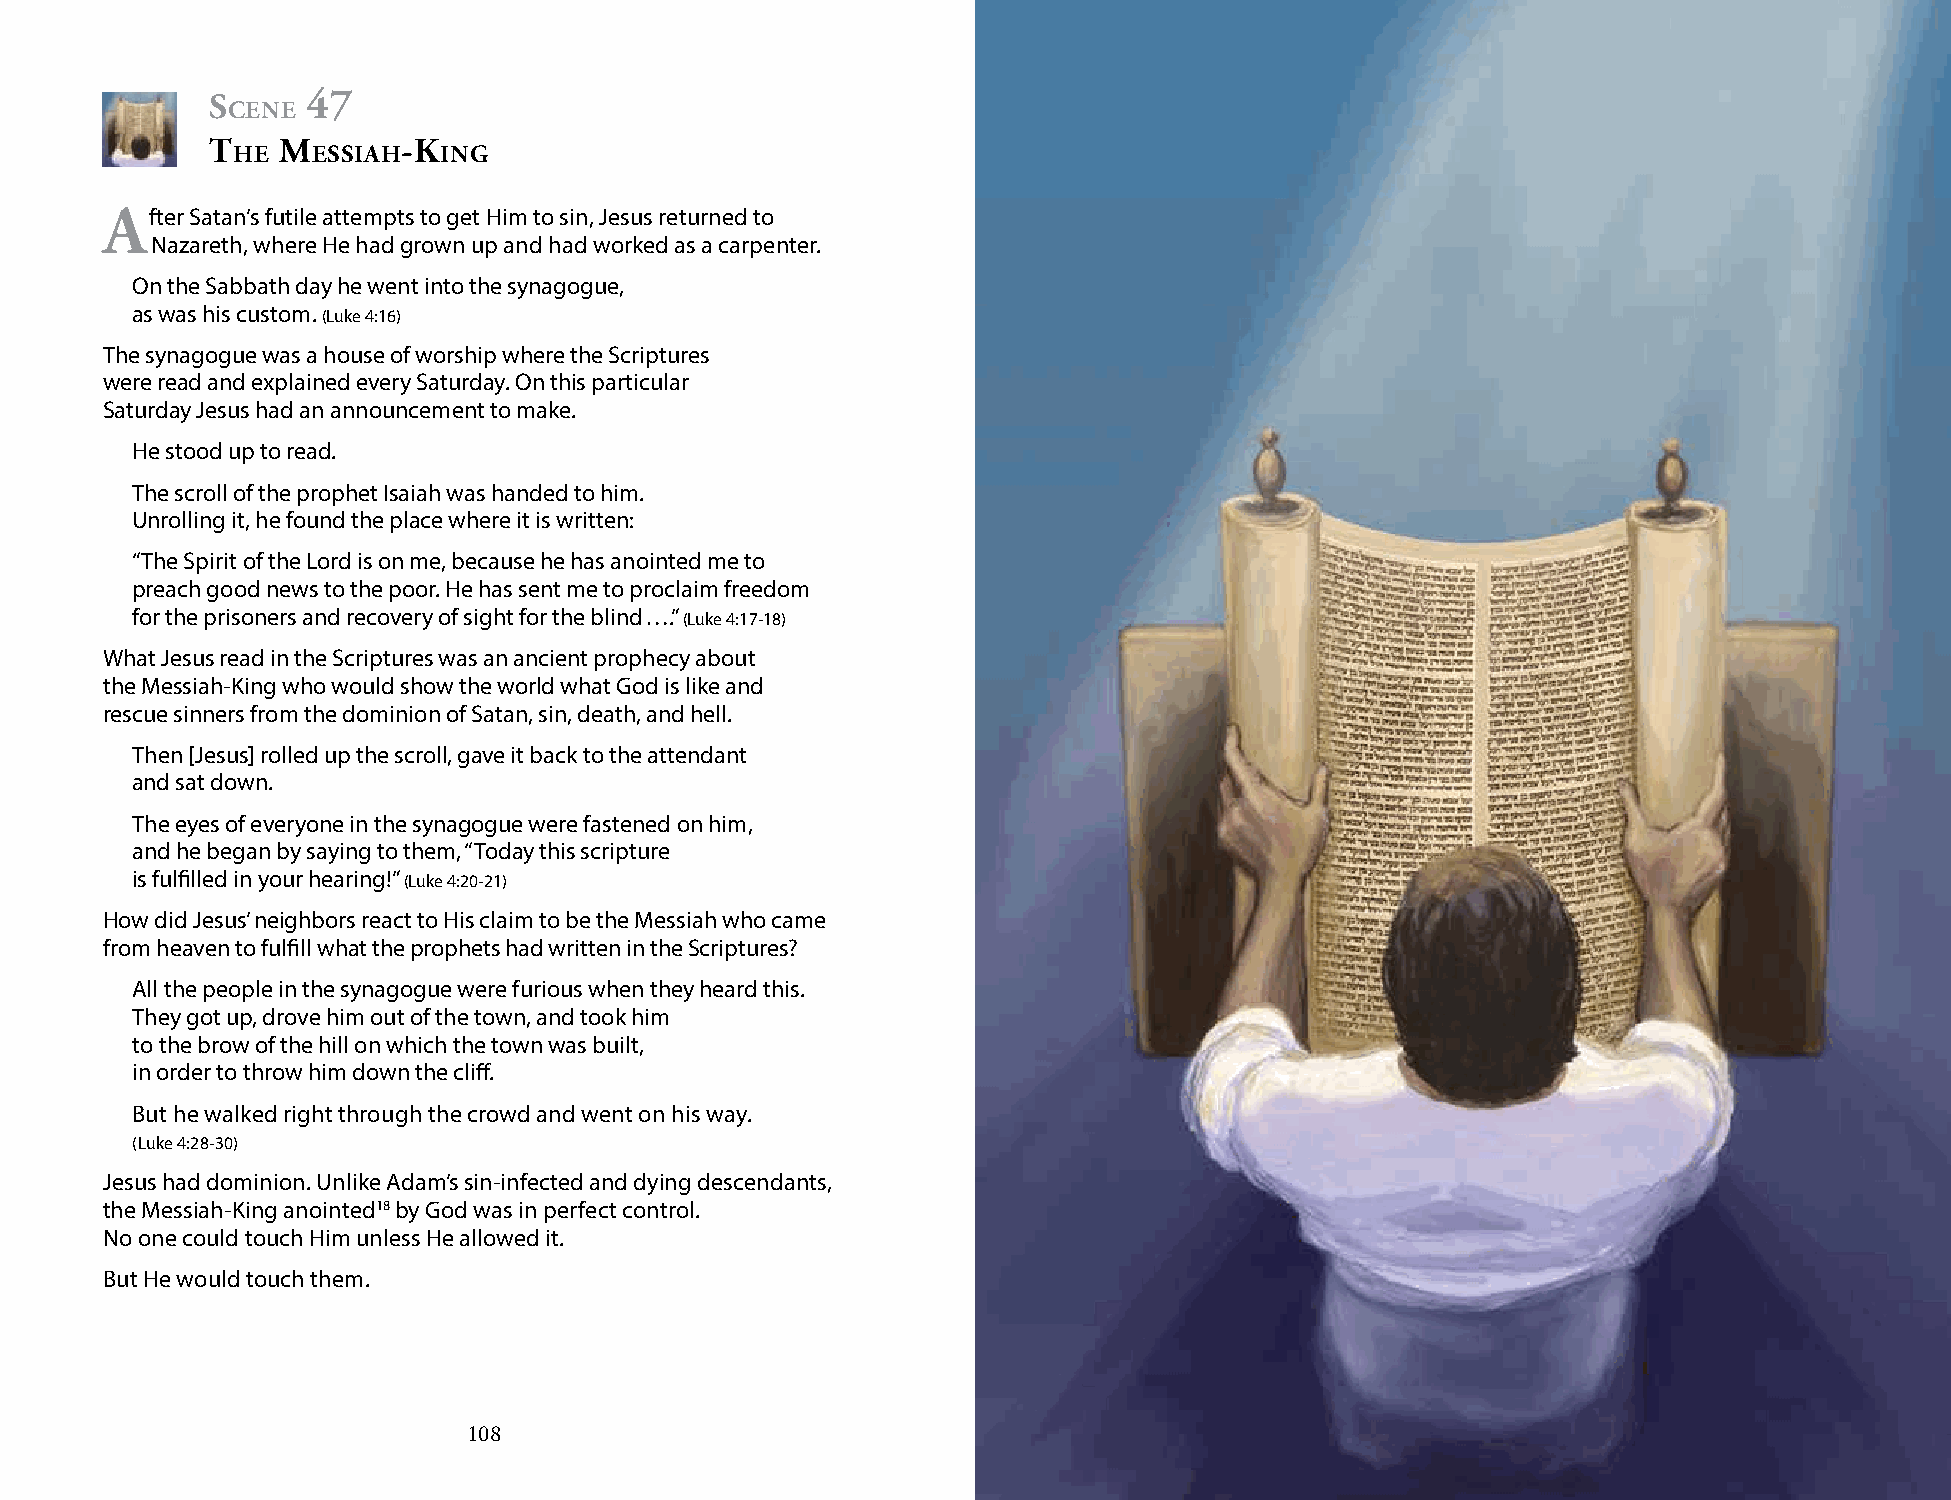
s     47
 cene
 t   m        -K
 he    essiAh  ing
 After Satan’s futile attempts to get Him to sin, Jesus returned to
 Nazareth, where He had grown up and had worked as a carpenter.
 On the Sabbath day he went into the synagogue,
 as was his custom. (Luke 4:16)
 The synagogue was a house of worship where the Scriptures
 were read and explained every Saturday. On this particular
 Saturday Jesus had an announcement to make.
 He stood up to read.
 The scroll of the prophet Isaiah was handed to him.
 Unrolling it, he found the place where it is written:
 “The Spirit of the Lord is on me, because he has anointed me to
 preach good news to the poor. He has sent me to proclaim freedom
 for the prisoners and recovery of sight for the blind ….” (Luke 4:17-18)
 What Jesus read in the Scriptures was an ancient prophecy about
 the Messiah-King who would show the world what God is like and
 rescue sinners from the dominion of Satan, sin, death, and hell.
 Then [Jesus] rolled up the scroll, gave it back to the attendant
 and sat down.
 The eyes of everyone in the synagogue were fastened on him,
 and he began by saying to them, “Today this scripture
 is fulfilled in your hearing!” (Luke 4:20-21)
 How did Jesus’ neighbors react to His claim to be the Messiah who came
 from heaven to fulfill what the prophets had written in the Scriptures?
 All the people in the synagogue were furious when they heard this.
 They got up, drove him out of the town, and took him
 to the brow of the hill on which the town was built,
 in order to throw him down the cliff.
 But he walked right through the crowd and went on his way.
 (Luke 4:28-30)
 Jesus had dominion. Unlike Adam’s sin-infected and dying descendants,
 the Messiah-King anointed18 by God was in perfect control.
 No one could touch Him unless He allowed it.
 But He would touch them.
 108